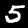
Digit: 5